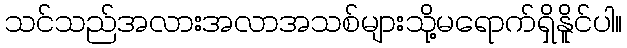
သင်သည်အလားအလာအသစ်များသို့မရောက်ရှိနိူင်ပါ။